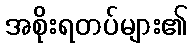
အစိုးရတပ်များ၏